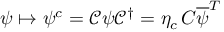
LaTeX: \psi \mapsto \psi ^ { c } = { \mathcal { C } } \psi { \mathcal { C } } ^ { \dagger } = \eta _ { c } \, C { \overline { { \psi } } } ^ { T }